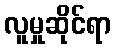
လူမှုဆိုင်ရာ